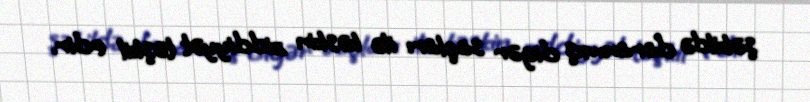
şəkildə daranmış digər saçları ilə kəskin ziddiyyət təşkil edir.